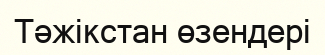
Тәжікстан өзендері